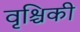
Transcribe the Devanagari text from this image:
वृश्चिकी